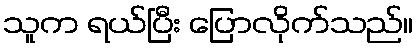
သူက ရယ်ပြီး ပြောလိုက်သည်။